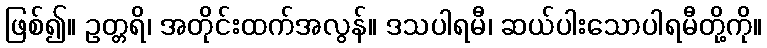
ဖြစ်၍။ ဥတ္တရိ၊ အတိုင်းထက်အလွန်။ ဒသပါရမီ၊ ဆယ်ပါးသောပါရမီတို့ကို။